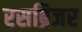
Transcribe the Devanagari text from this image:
रसब्रिजर